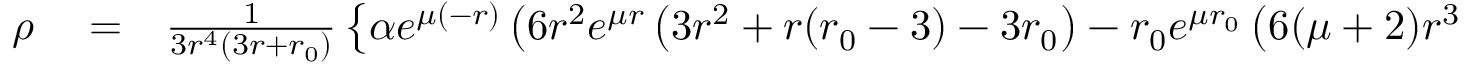
\begin{array} { r l r } { \rho } & { { } = } & { \frac { 1 } { 3 r ^ { 4 } ( 3 r + { r _ { 0 } } ) } \left\lbrace \alpha e ^ { \mu ( - r ) } \left( 6 r ^ { 2 } e ^ { \mu r } \left( 3 r ^ { 2 } + r ( { r _ { 0 } } - 3 ) - 3 { r _ { 0 } } \right) - { r _ { 0 } } e ^ { \mu { r _ { 0 } } } \left( 6 ( \mu + 2 ) r ^ { 3 } \right. \right. \right. } \end{array}